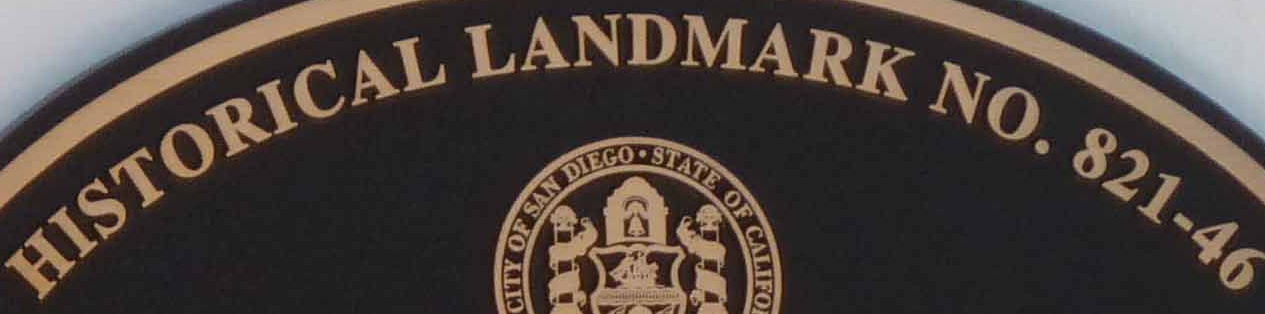
HISTORICAL LANDMARK NO. 821-46